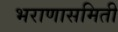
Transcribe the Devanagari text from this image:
भराणासमिती